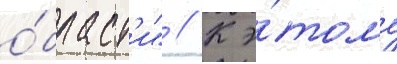
о́бласт'и" // К э́тому